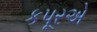
કપૂરએ